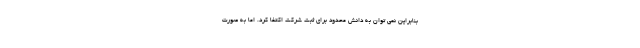
بنابراین نمی توان به دانش محدود برای ثبت شرکت اکتفا کرد. اما به صورت